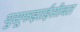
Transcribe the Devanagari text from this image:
युसूफझाईसोबत